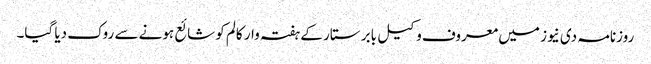
روزنامہ دی نیوز میں معروف وکیل بابر ستار کے ہفتہ وار کالم کو شائع ہونے سے روک دیا گیا۔